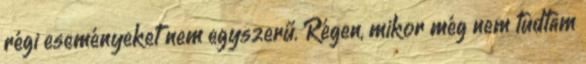
régi eseményeket nem egyszerű. Régen, mikor még nem tudtam